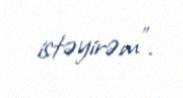
istəyirəm”.